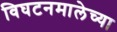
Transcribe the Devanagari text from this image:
विघटनमालेच्या